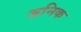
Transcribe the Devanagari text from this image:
जनिक